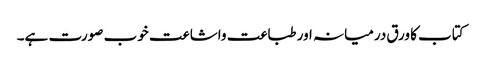
کتاب کا ورق درمیانہ اور طباعت واشاعت خوب صورت ہے۔